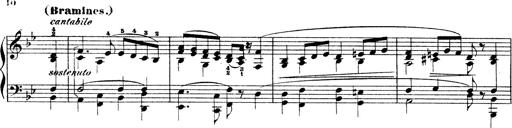
Title: Illustrations de l'opÃ©ra L'Africaine
Composer: Franz Liszt